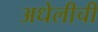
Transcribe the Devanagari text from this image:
अधेलीची